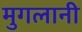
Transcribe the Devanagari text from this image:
मुगलानी